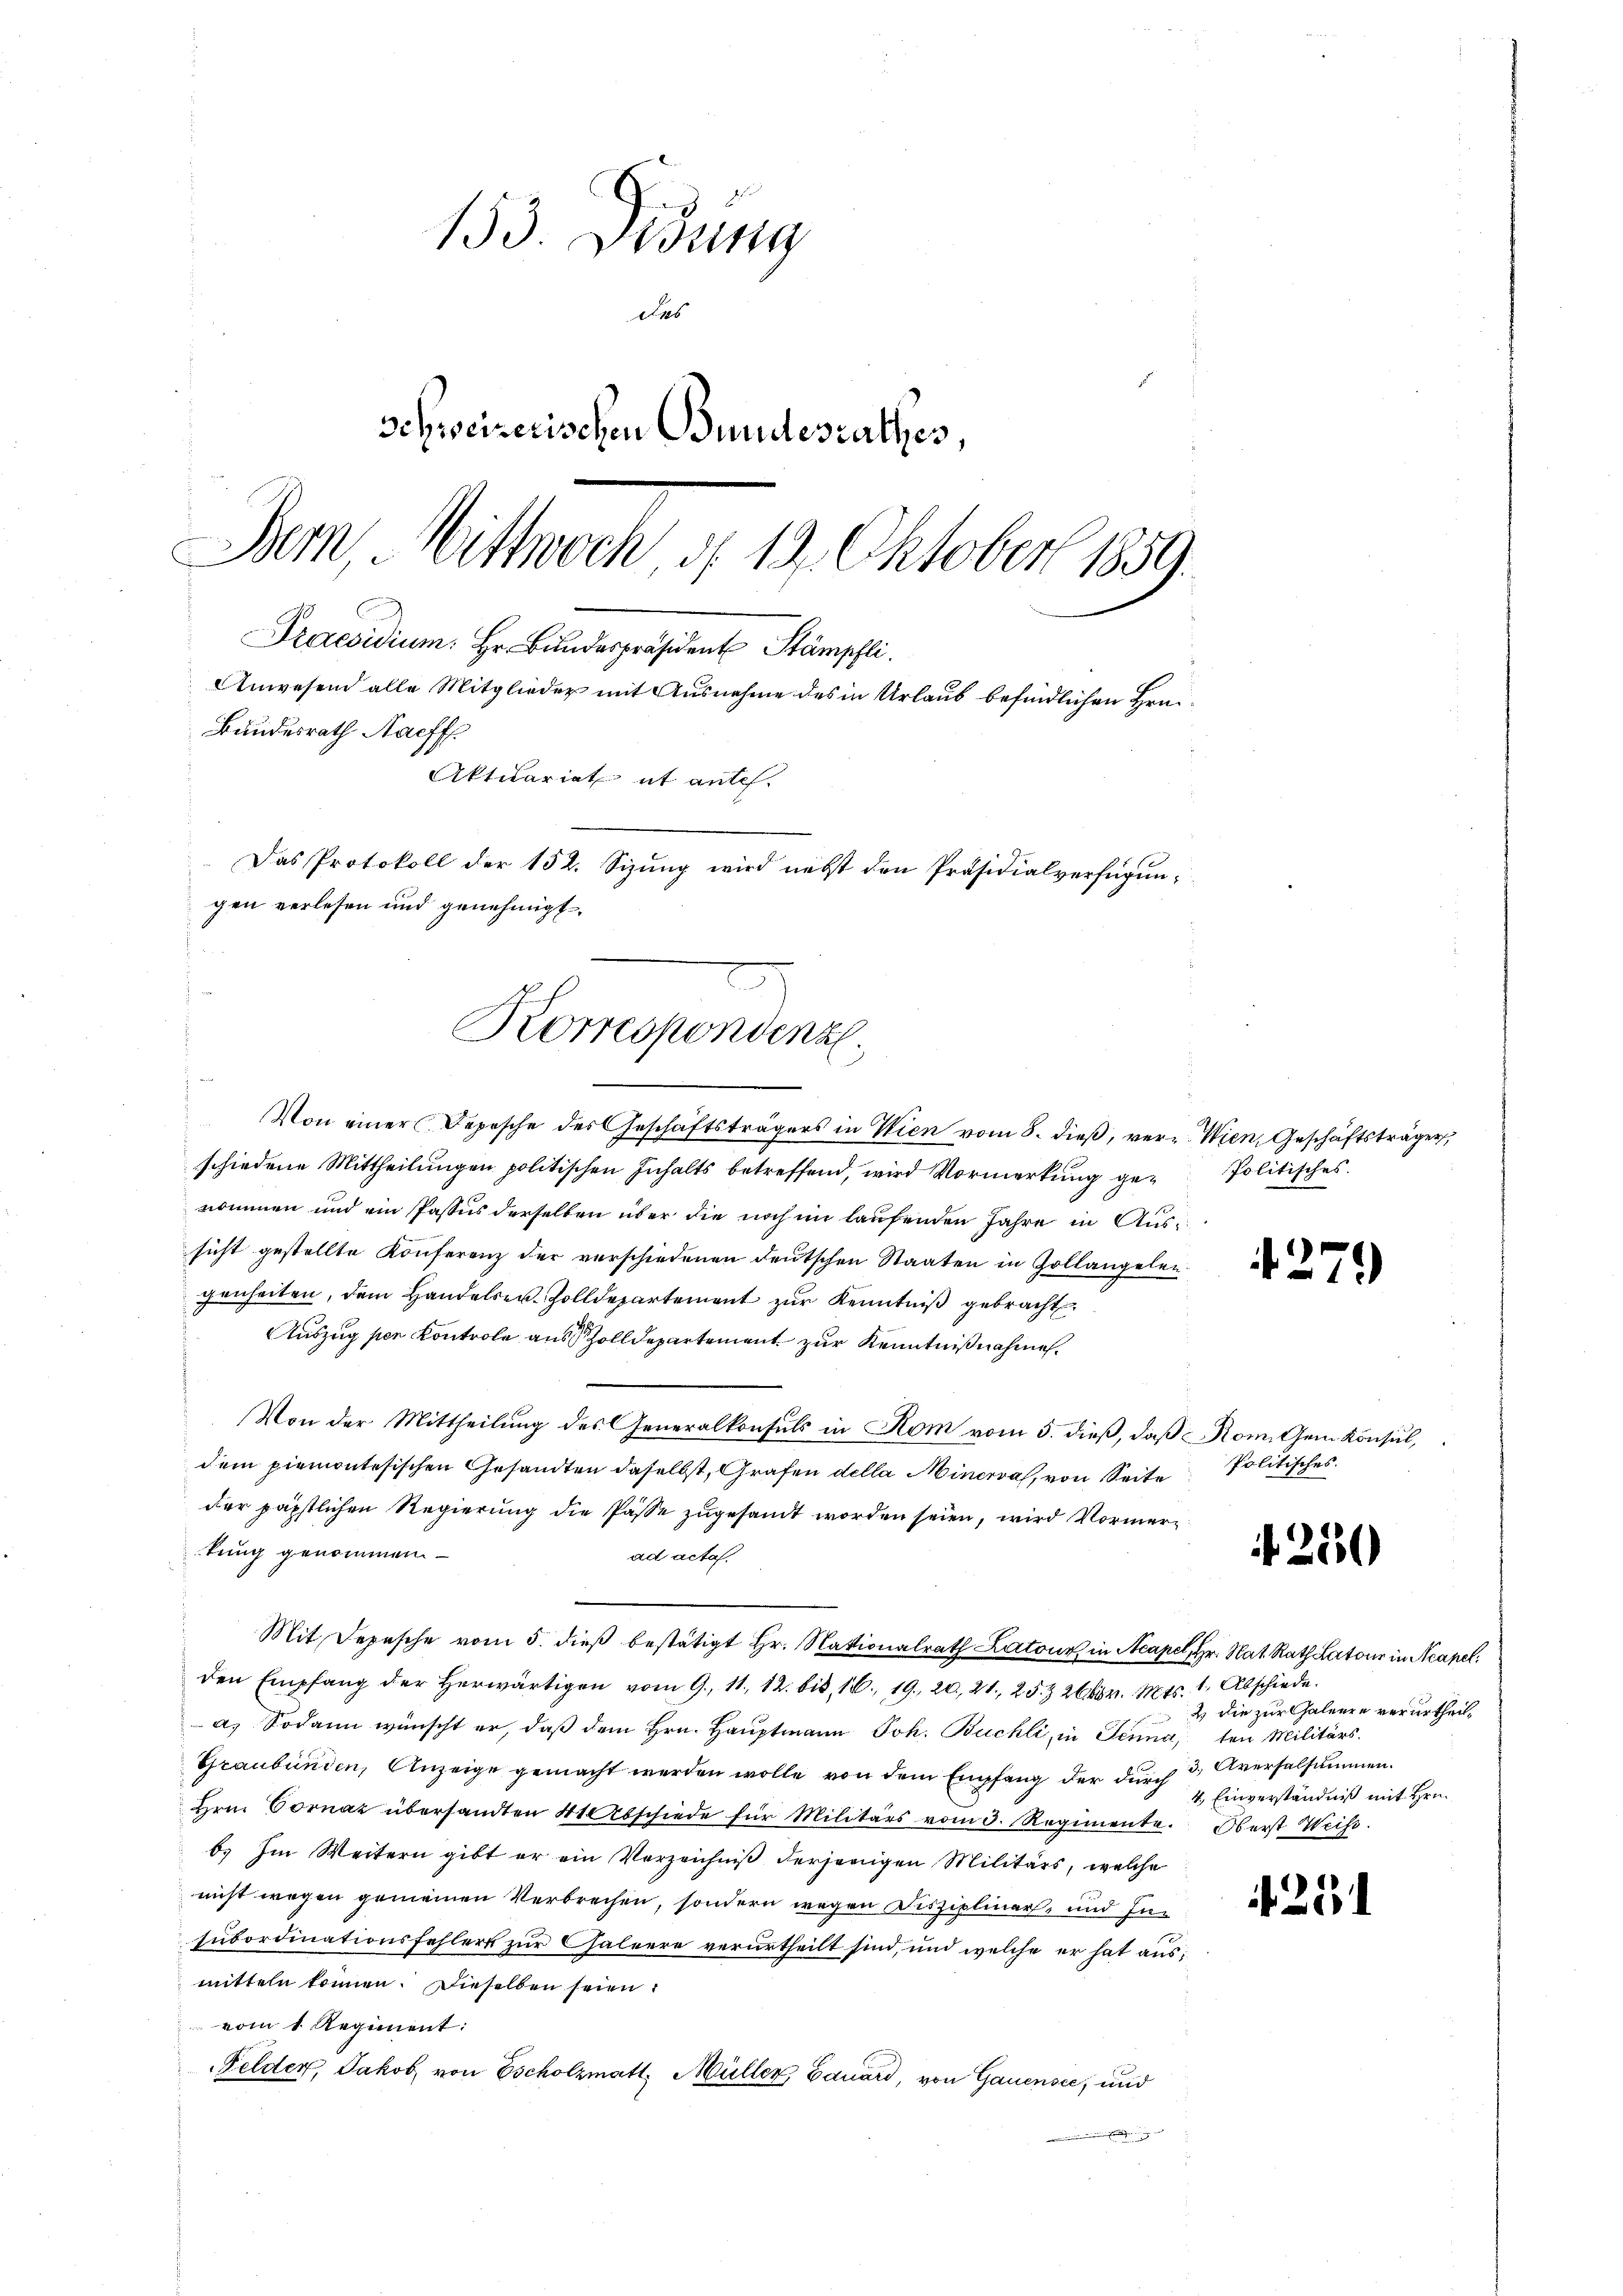
153. Didung
das
Schweizerischen Bundesrathes,
Bern, Mittwoch d. 13. Oktober 1859.
Praesidium. Hr. Bundespräsident Stämpfli
Anwesend alle Mitglieder mit Ausnahme des in Urlaub befindlichen Beri
Bundesrath Nachf
Aktuariat et antes.
Das Protokoll der 152. Sizung wird nebst den Präsidialverfügungen verlesen und genehmigt.

¬
Korrespondenz.

Von einer Depesche des Geschäftsträgers in Wien vom 8. dieβ, verz. Wien, Geschäftsträger
schiedene Mittheilungen politischen Inhalts betreffend, wird Vormerkung ge-Politisches.
nommen und ein Passus derselben über die noch im laufenden Jahre in Aussicht gestellte Konferenz der verschiedenen deutschen Staaten in Zollangelen.
genheiten, dem Handelsr. Zolldepartement zŭr Kenntniß gebracht.
Auszug per Kontrole aus Zolldepartement zur Kenntnißnahme.
Von der Mittheilung des Generalkonsuls in Rom vom 5. dieß, daß Rom. Gem Konsul,
dem piemontesischen Gesandten daselbst, Grafen della Minersah, von Seite Politisches
der päpstlichen Regierung die Pässe zugesandt worden seien, wird Vormerkung genommen
ad acta.
Mit Depesche vom 5. dieß bestätigt Hr. Nationalrath Katour in Acapel, Hr. Nat. Rath Latour in Neapelden Empfang der herwärtigen vom 9. 11. 12. bis 16. 19. 20. 21. 25. 2664. Mts. 1. Abschiede
a. Sodann wünscht er, daß dem Hrn. Hauptmann Joh. Buchli, in Jennaten Militärs.
Graubünden, Anzeige gemacht werden wolle von dem Empfang der durch 3 Aversalsummen.
Hrn. Vornaz übersandten 410 Abschiede für Militärs vom 3. Regimente. Oberst Weiss.
b. Im Weitern gibt er ein Verzeichniβ derjenigen Militärs, welche
nicht wegen gemeinen Verbrechen, sondern wegen Disziplinars, und Ensubordinationsfehlers zur Chaleere verurtheilt sind, und welche er hat ausmitteln können. Dieselben seien
vom 1. Regiment:
Felder, Jakob von Escholzmatt, Müller, Bauard, von Gauensee, und

279)

250

2 die zur Caleere verurtheil¬
4. Einverständniß mit Hrn.

25